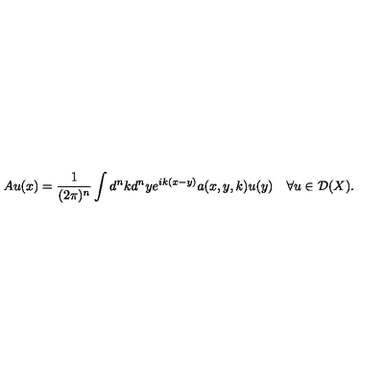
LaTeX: A u ( x ) = \frac { 1 } { ( 2 \pi ) ^ { n } } \int d ^ { n } k d ^ { n } y e ^ { i k ( x - y ) } a ( x , y , k ) { u } ( y ) \quad \forall u \in { \cal D } ( X ) .